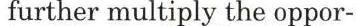
 further multiply the oppor-